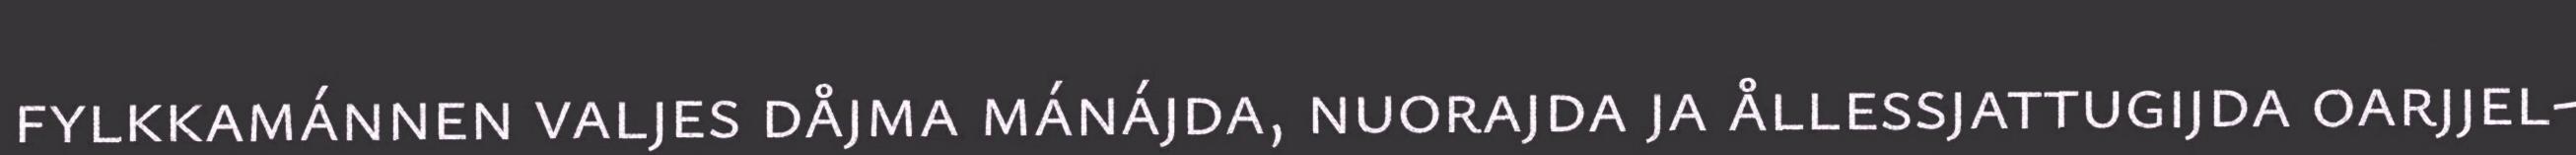
fylkkamánnen valjes dåjma mánájda, nuorajda ja ållessjattugijda oarjjel-